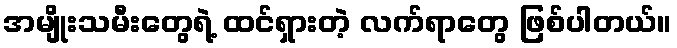
အမျိုးသမီးတွေရဲ့ ထင်ရှားတဲ့ လက်ရာတွေ ဖြစ်ပါတယ်။